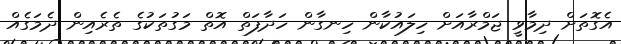
އެގޮތަށް ދިމާވީ ޖަމްރާއަށް ހިލައުކާން ހިނގާން ހަދާފަތް އޮތް މަގުތަކުގެ ތެރެއިން ދެމަގެއް